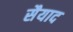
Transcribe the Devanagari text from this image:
सैयाद